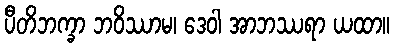
ပီတိဘက္ခာ ဘဝိဿာမ၊ ဒေဝါ အာဘဿရာ ယထာ။